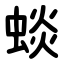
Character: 䗊